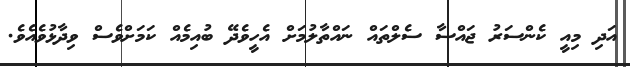
އަދި މިއީ ކެންސަރު ޖައްސާ ސެލްތައް ނައްތާލުމަށް އެހީވެދޭ ބުއިމެއް ކަމަށްވެސް ވިދާޅުވެއެވެ.